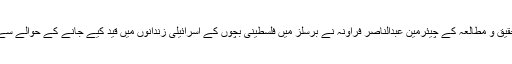
تفصیلات کے مطابق فلسطینی امور اسیران کے شعبہ تحقیق و مطالعہ کے چیئرمین عبدالناصر فراونہ نے برسلز میں فلسطینی بچوں کے اسرائیلی زندانوں میں قید کیے جانے کے حوالے سے ہونے والی کانفرنس کے موقق پر رپورٹ پیش کردی۔